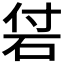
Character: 𥑧